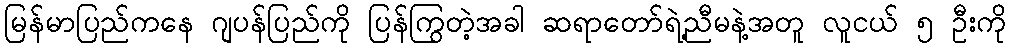
မြန်မာပြည်ကနေ ဂျပန်ပြည်ကို ပြန်ကြွတဲ့အခါ ဆရာတော်ရဲ့ညီမနဲ့အတူ လူငယ် ၅ ဦးကို